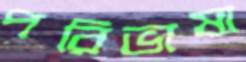
পরিভাষা